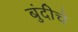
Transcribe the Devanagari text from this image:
बुंदीचे